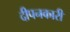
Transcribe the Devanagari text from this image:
दीपनकारी